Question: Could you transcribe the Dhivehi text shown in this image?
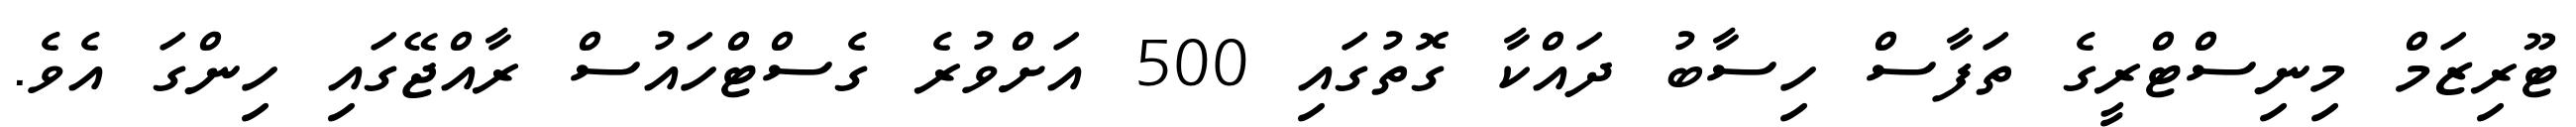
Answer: ޓޫރިޒަމް މިނިސްޓްރީގެ ތަފާސް ހިސާބު ދައްކާ ގޮތުގައި 500 އަށްވުރެ ގެސްޓްހައުސް ރާއްޖޭގައި ހިންގަ އެވެ.